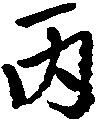
丙